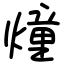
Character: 燑